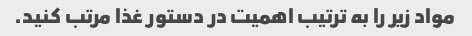
مواد زیر را به ترتیب اهمیت در دستور غذا مرتب کنید.